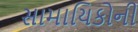
સામાયિકોની